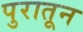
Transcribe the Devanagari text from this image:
पुरातून